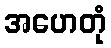
အဟေတုံ